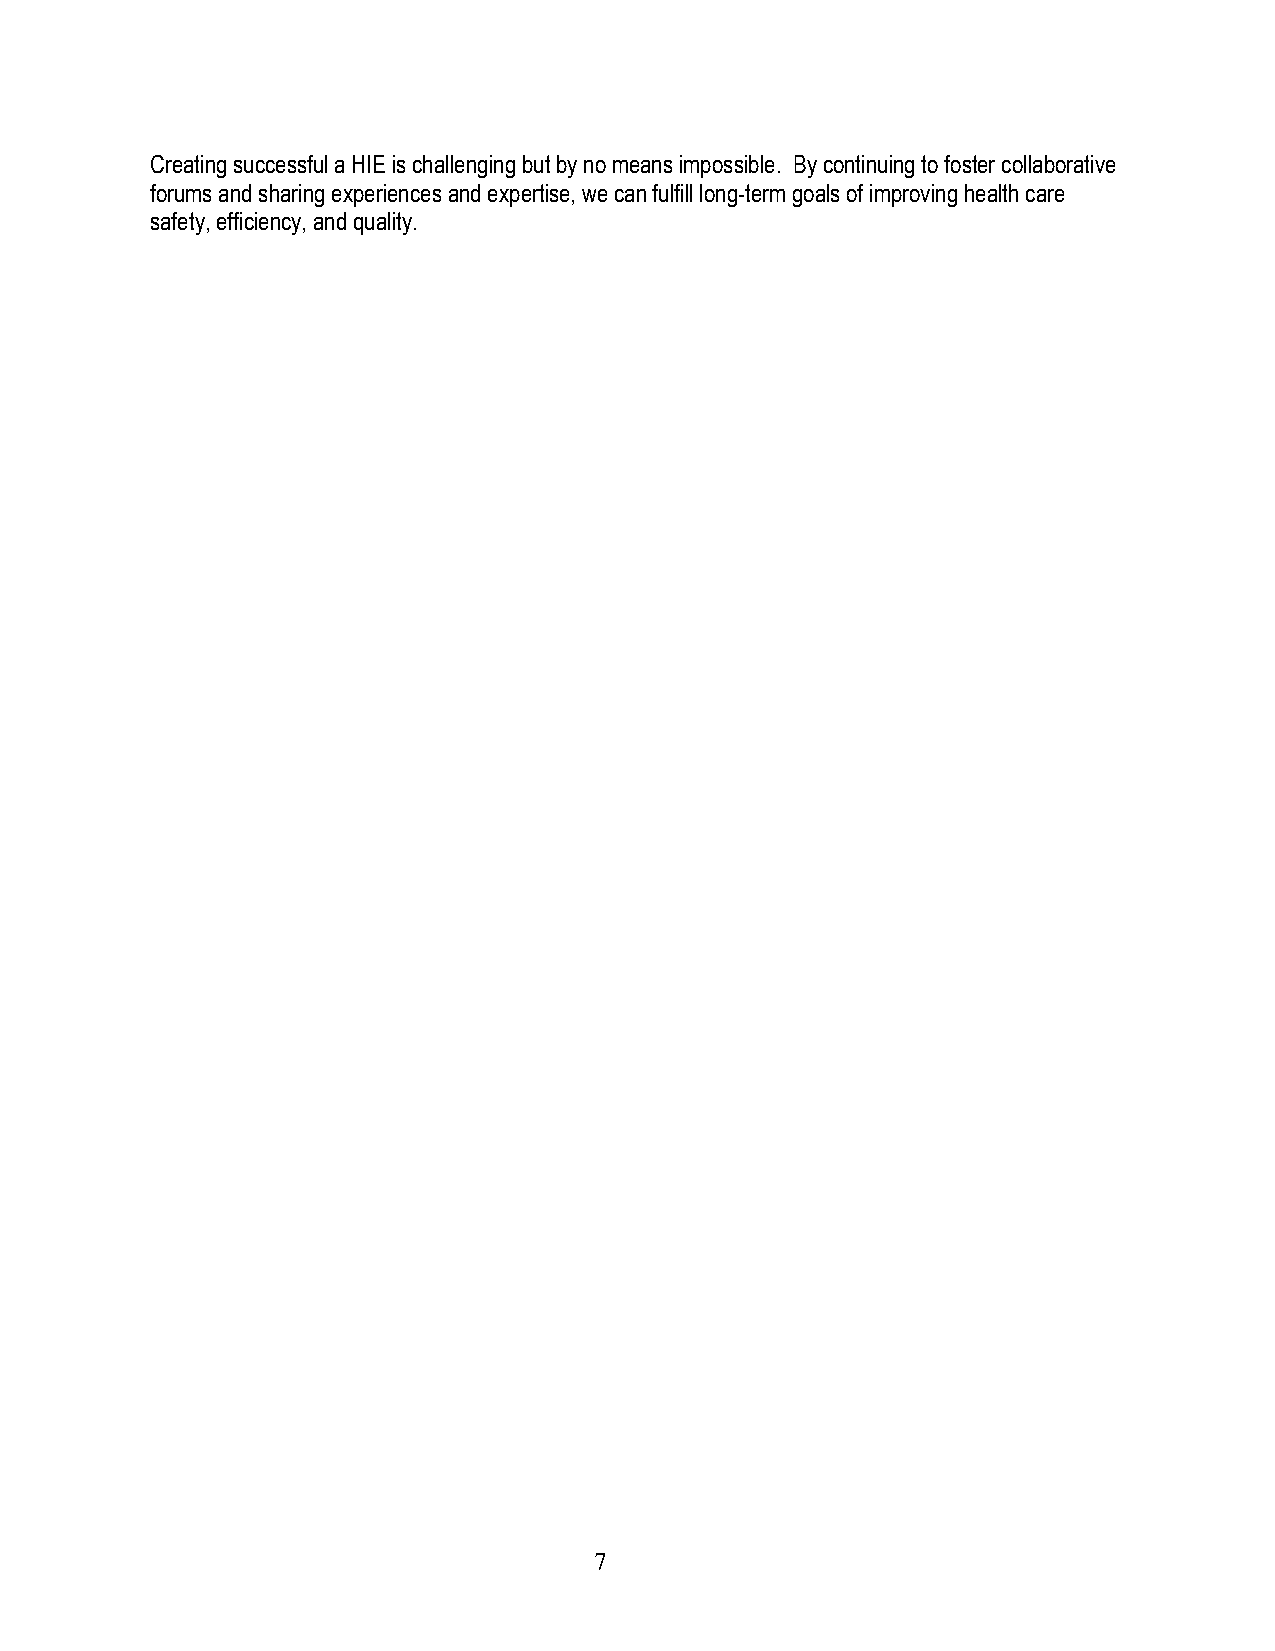
Creating successful a HIE is challenging but by no means impossible. By continuing to foster collaborative
 forums and sharing experiences and expertise, we can fulfill long-term goals of improving health care
 safety, efficiency, and quality.
 7